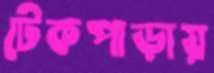
টেকপাড়ায়